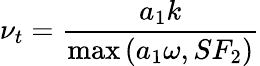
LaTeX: \nu_{t}=\frac{a_{1}k}{\operatorname*{max}\left(a_{1}\omega,SF_{2}\right)}